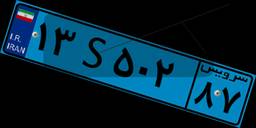
۱۳S۵۰۲۸۷